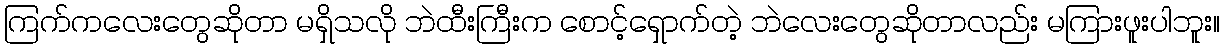
ကြက်ကလေးတွေဆိုတာ မရှိသလို ဘဲထီးကြီးက စောင့်ရှောက်တဲ့ ဘဲလေးတွေဆိုတာလည်း မကြားဖူးပါဘူး။